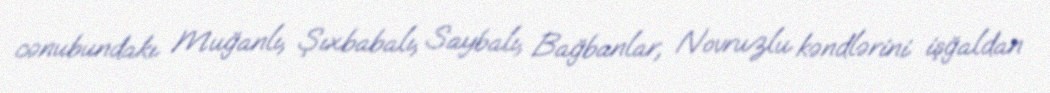
cənubundakı Muğanlı, Şıxbabalı, Saybalı, Bağbanlar, Novruzlu kəndlərini işğaldan